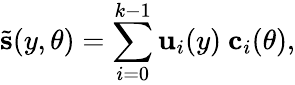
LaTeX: \tilde{\mathbf{s}}(y,\theta)=\sum_{i=0}^{k-1}\mathbf{u}_{i}(y)\ \mathbf{c}_{i}(\theta),